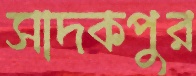
সাদকপুর